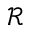
\mathcal { R }